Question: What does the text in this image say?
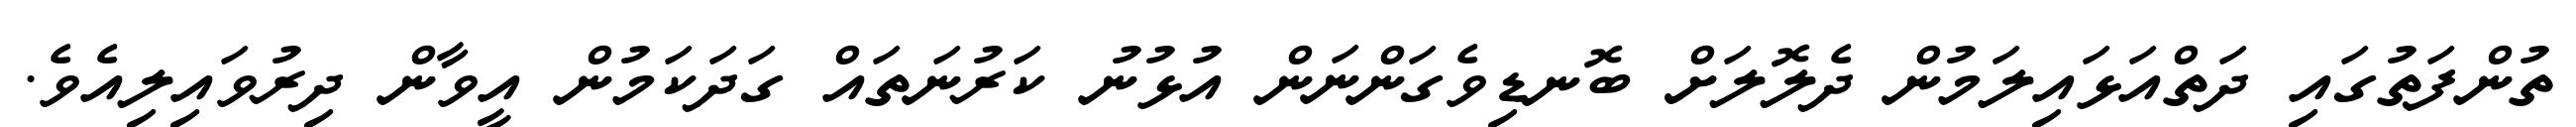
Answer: ތުންފަތުގައި ދަތްއަޅައިލަމުން ދެލޮލަށް ބޮނޑިވެގަންނަން އުޅުނު ކަރުނަތައް ގަދަކަމުން އީވާން ދިރުވައިލިއެވެ.